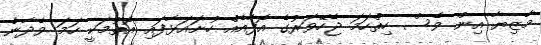
މާޒިޔާ އިން ވެސް ހިތްހަމަ ޖެހޭވަރުގެ އޮފާއެއް ހުށައަޅާފައި އޮތުމަކީ ހަމަ ވެދާނެ